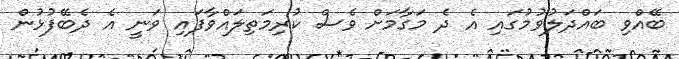
ބޭއްވި ބައްދަލުވުމުގައި އެ ދެ މަގާމަށް ވެސް ކުރިމަތިލައްވާފައި ވަނީ އެ ދެބޭފުޅުން